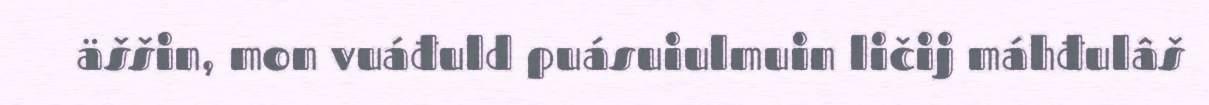
äššin, mon vuáđuld puásuiulmuin ličij máhđulâš